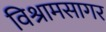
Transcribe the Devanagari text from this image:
विश्रामसागर